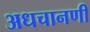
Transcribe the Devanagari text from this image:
अधचानणी